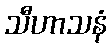
သီဟာသနံ